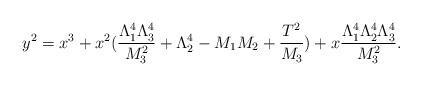
LaTeX: \begin{align*}y^2 = x^3 + x^2 ( \frac{\Lambda_1^4 \Lambda^4_3}{M_3^2} + \Lambda_2^4 - M_1 M_2 + \frac{T^2}{M_3} ) + x \frac{\Lambda_1^4 \Lambda_2^4 \Lambda_3^4}{ M_3^2}. \end{align*}